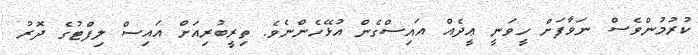
ކުރުމުންވެސް ނަވާފަށް ހީވަނީ ޢީދެއް އައިސްގެން އުޅޭހެންނެވެ. ތިރީބުރިއަށް އައިސް ލިފްޓުގެ ދޮރު